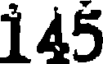
145